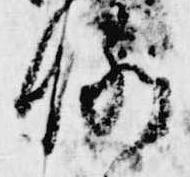
例